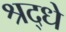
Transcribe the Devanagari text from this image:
श्रद्धे